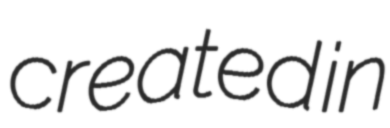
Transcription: created in